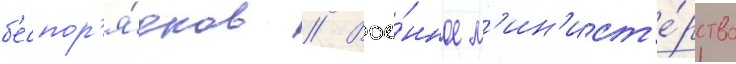
б'еспор'я́дков // Вое́нное м'ин'ист'е́рство